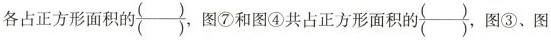
各占正方形面积的 \frac{ （）}{（） }，图⑦和图④共占正方形面积的 \frac{（）}{（） }，图③、图